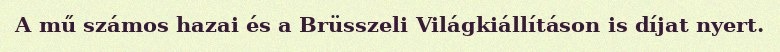
A mű számos hazai és a Brüsszeli Világkiállításon is díjat nyert.